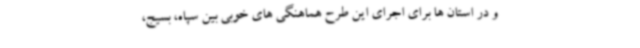
و در استان ها برای اجرای این طرح هماهنگی های خوبی بین سپاه، بسیج،